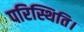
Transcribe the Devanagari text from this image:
परिस्थिति।